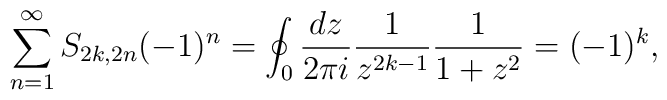
\sum_{n=1}^{\infty} S_{2k,2n} (-1)^n =\oint_0 {dz \over 2\pi i } {1 \over z^{2k-1}} {1 \over 1+z^2} = (-1)^k ,